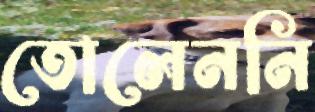
তোলেননি